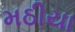
મઠીયા